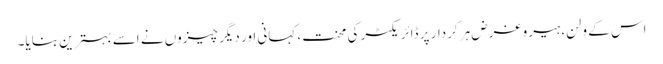
اس کے ولن، ہیرو غرض ہر کردار پر ڈائریکٹر کی محنت، کہانی اور دیگر چیزوں نے اسے بہترین بنایا۔